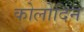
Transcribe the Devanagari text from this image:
कोलोदिन